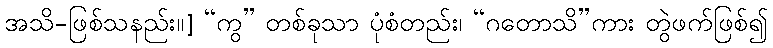
အသိ-ဖြစ်သနည်း၊၊] “ကွ” တစ်ခုသာ ပုံစံတည်း၊ “ဂတောသိ”ကား တွဲဖက်ဖြစ်၍